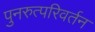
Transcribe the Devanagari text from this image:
पुनरुत्परिवर्तन